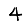
Digit: 4